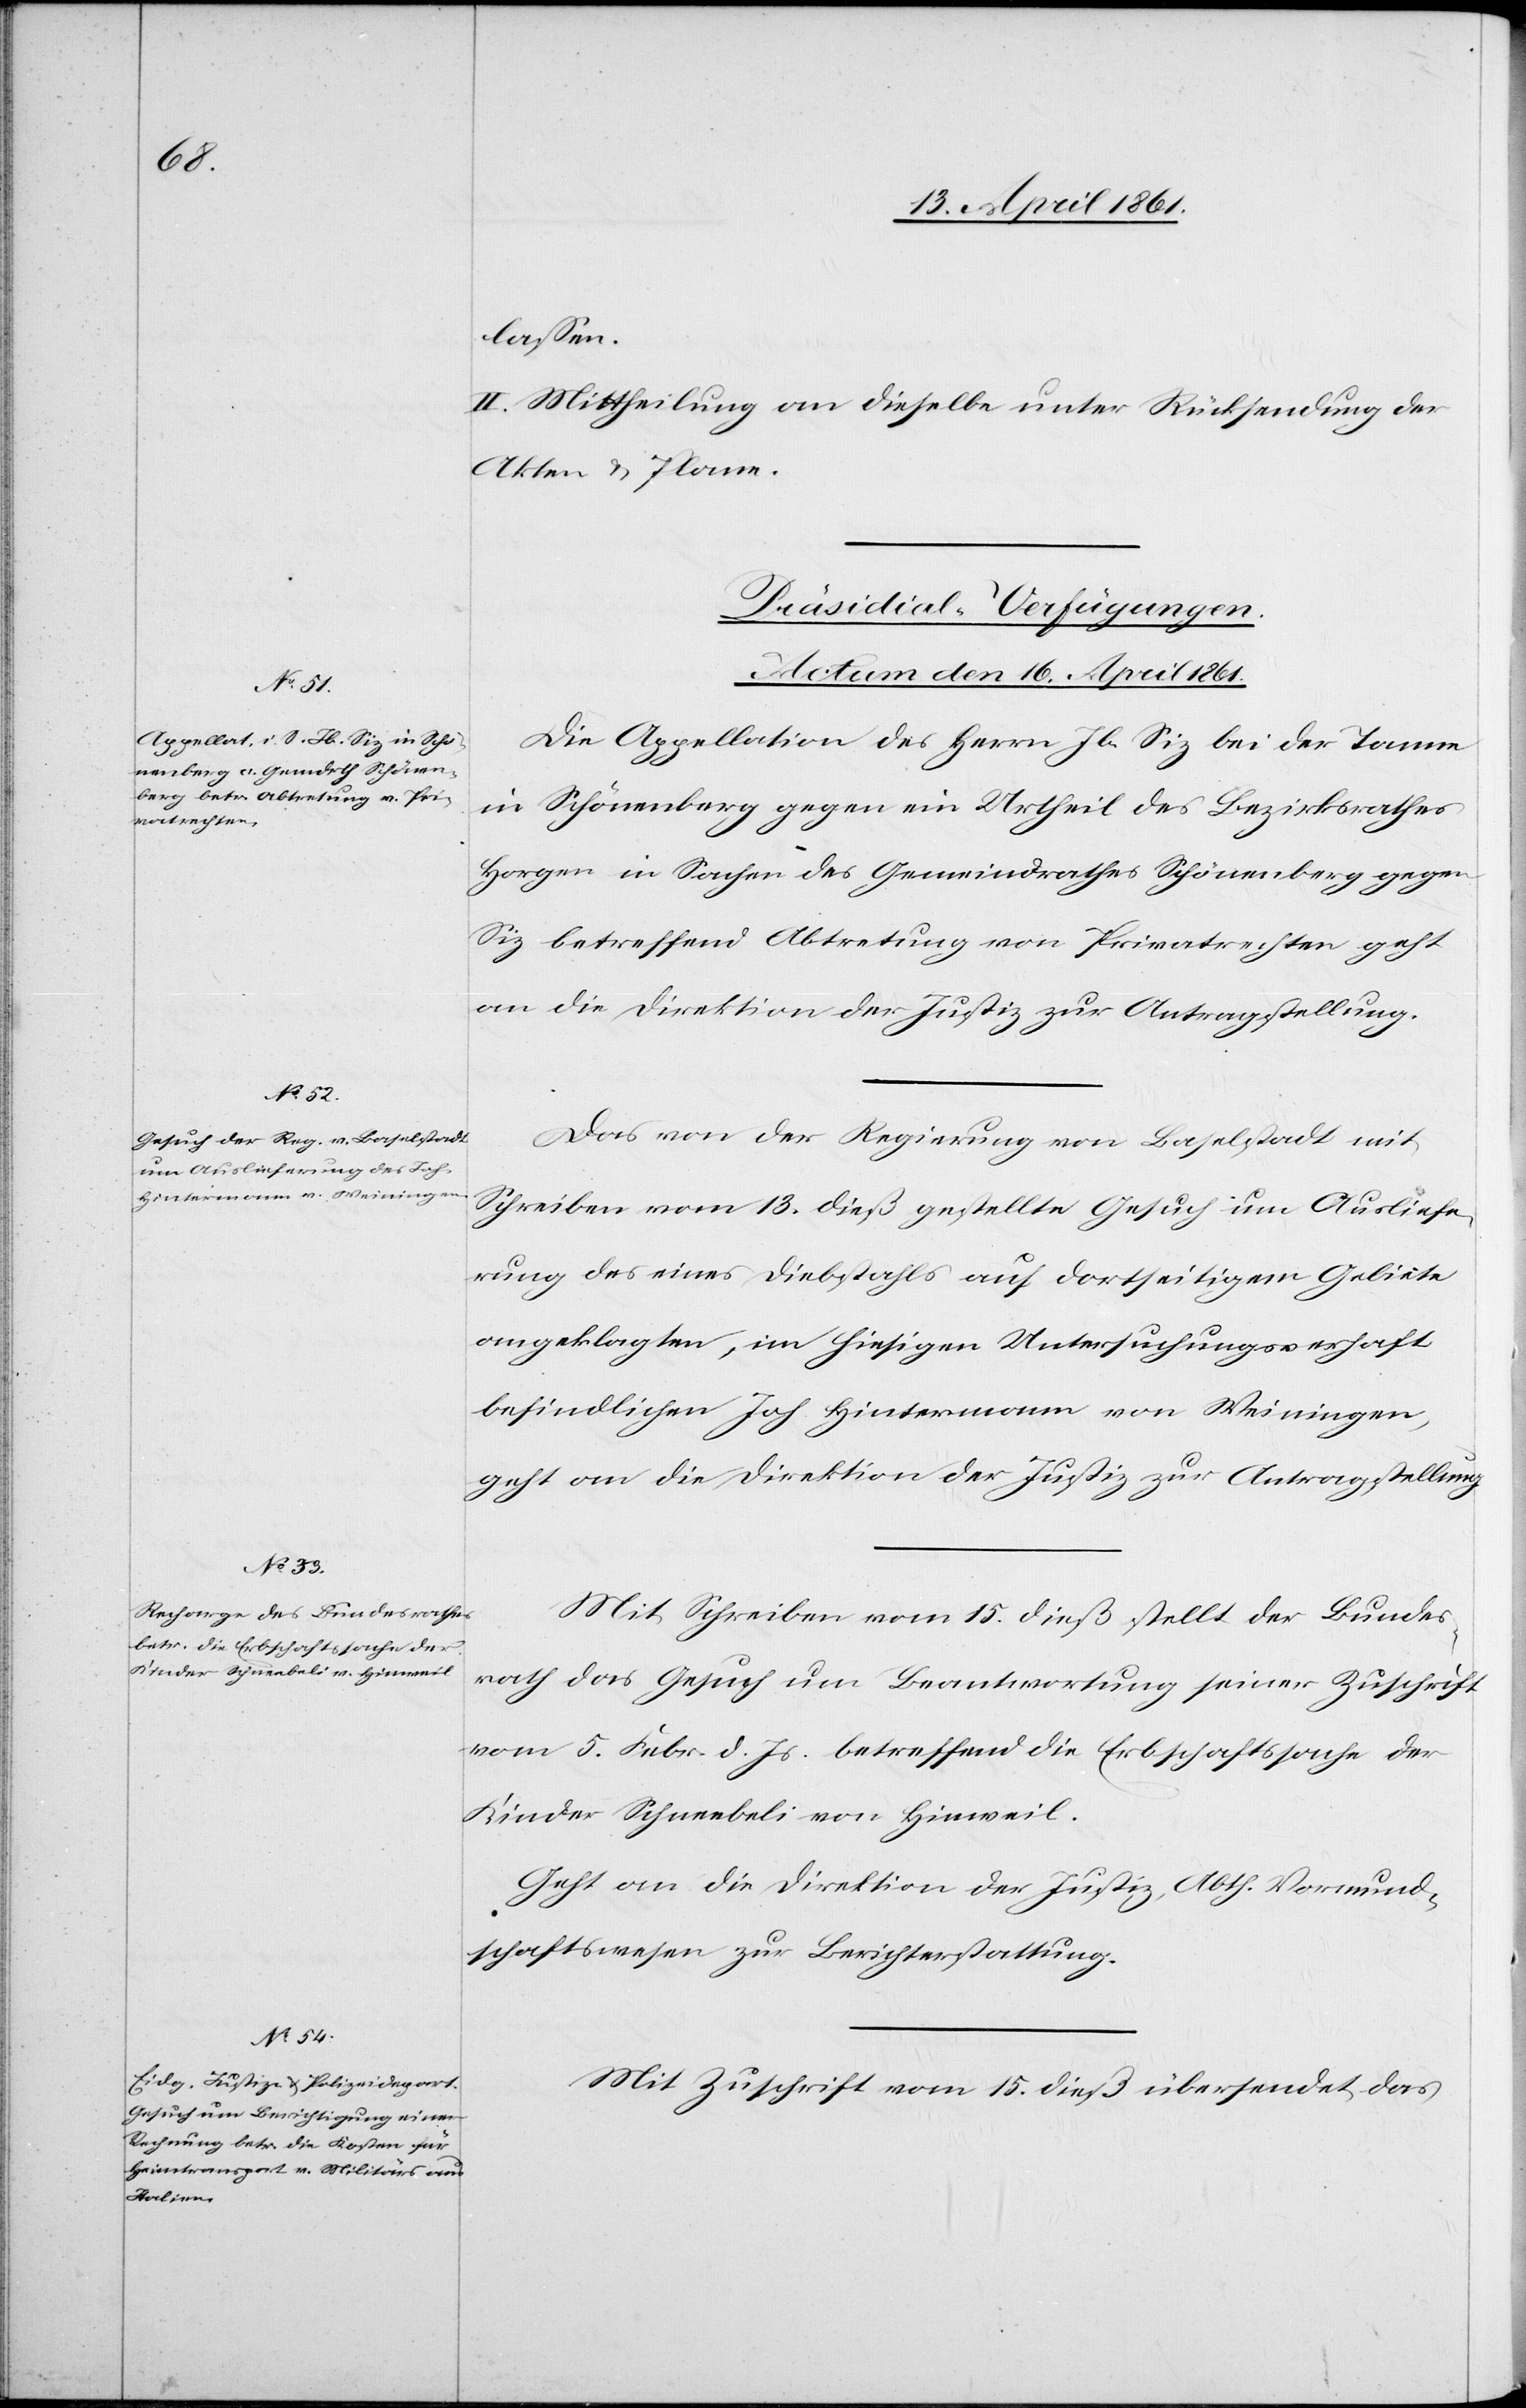
lassen.
II. Mittheilung an dieselbe unter Rücksendung der
Akten u. Plane.
[Präsidial-Verfügungen.
Actum den 16. April 1861.]
Die Appellation des Herrn Jb. Siz bei der Tanne
in Schönenberg gegen ein Urtheil des Bezirksrathes
Horgen in Sachen des Gemeindrathes Schönenberg gegen
Siz betreffend Abtretung von Privatrechten geht
an die Direktion der Justiz zur Antragstellung.
Das von der Regierung von Baselstadt mit
Schreiben vom 13. dieß gestellte Gesuch um Ausliefe¬
rung des eines Diebstahls auf dortseitigem Gebiete
angeklagten, im hiesigen Untersuchungsverhaft
befindlichen Joh. Hintermann von Weiningen,
geht an die Direktion der Justiz zur Antragstellung.
Mit Schreiben vom 15. dieß stellt der Bundes¬
rath das Gesuch um Beantwortung seiner Zuschrift
vom 5. Febr. d. Js. betreffend die Erbschaftssache der
Kinder Schneebeli von Hinweil.
Geht an die Direktion der Justiz, Abth. Vormund¬
schaftswesen zur Berichterstattung.
Mit Zuschrift vom 15. dieß übersendet das